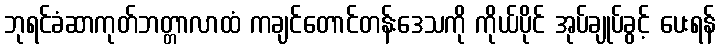
ဘုရင်ခံဆာကုတ်ဘတ္တာလာထံ ကချင်တောင်တန်းဒေသကို ကိုယ်ပိုင် အုပ်ချုပ်ခွင့် ပေးရန်